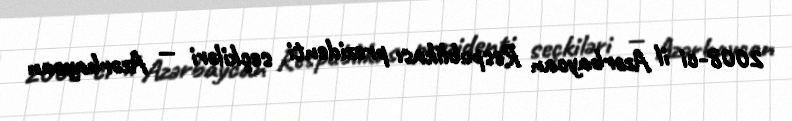
2008-ci il Azərbaycan Respublikası prezidenti seçkiləri — Azərbaycan